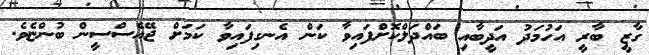
ގާޒީ ބާރީ އަހުމަދު އަދީބާއި ބައްދަލްކޮށްފައިވާ ކަން އެނގިފައިވާ ކަމަށް ޖޭއެސްސީން ބުންޏެވެ.